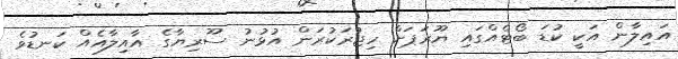
އައިލާން އަކީ ކުޑަ ބޯޓެއްގައި ޔޫރަޕަށް ހިޖުރަކުރަން އުޅުނު ސޫރިޔާގެ އާއިލާއެއް ކަނޑުވެ